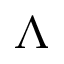
\Lambda